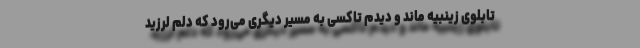
تابلوی زینبیه ماند و دیدم تاکسی به مسیر دیگری می‌رود که دلم لرزید